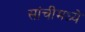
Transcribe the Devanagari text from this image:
सांचीमध्ये